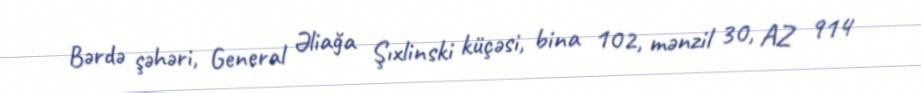
Bərdə şəhəri, General Əliağa Şıxlinski küçəsi, bina 102, mənzil 30, AZ 914